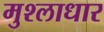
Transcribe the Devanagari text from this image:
मुश्लाधार